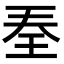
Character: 𭸽